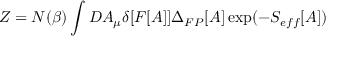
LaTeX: { \cal Z } = { \cal N } ( \beta ) \int D A _ { \mu } \delta [ F [ A ] ] \Delta _ { F P } [ A ] \exp ( - S _ { e f f } [ A ] )